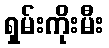
ရှမ်းကိုးမီး